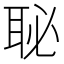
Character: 䎵